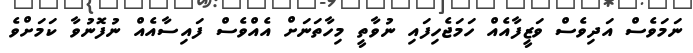
ނަމަވެސް އަދިވެސް ވަޒީފާއެއް ހަމަޖެހިފައި ނުވާތީ މިހާތަނަށް އެއްވެސް ފައިސާއެއް ނުފޮނުވާ ކަމަށްވެ